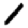
Digit: 1